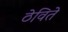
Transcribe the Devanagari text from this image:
ठेविते